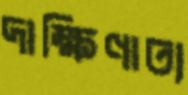
দাক্ষিণাত্য